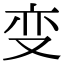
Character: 变